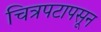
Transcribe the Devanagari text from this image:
चित्रपटापसून